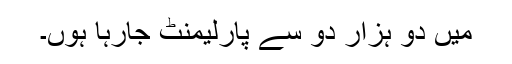
میں دو ہزار دو سے پارلیمنٹ جارہا ہوں۔